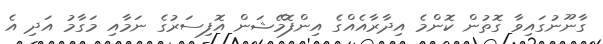
ގާނޫނުގައިވާ ގޮތުން ކޮންމެ އިދާރާއެއްގެ އިންފޮމޭޝަން އޮފިސަރުގެ ނަމާއި މަގާމު އަދި އެ